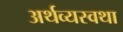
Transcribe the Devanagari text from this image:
अर्थव्यस्वथा